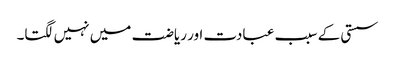
سستی کے سبب عبادت اور ریاضت میں نہیں لگتا۔